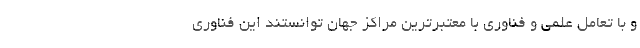
و با تعامل علمی و فناوری با معتبرترین مراكز جهان توانستند این فناوری